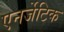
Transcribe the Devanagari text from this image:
एनर्जेटिक